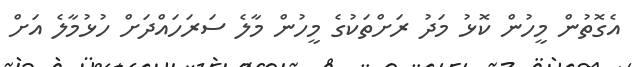
އެގޮތުން މީހުން ކޮޅު މަދު ރަށްތަކުގެ މީހުން މާލެ ސަރަހައްދަށް ހުޅުމާލެ އަށް